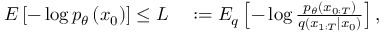
\begin{array} { r l } { E \left[ - \log p _ { \theta } \left( x _ { 0 } \right) \right] \leq L } & { { } : = E _ { q } \left[ - \log \frac { p _ { \theta } \left( x _ { 0 : T } \right) } { q \left( x _ { 1 : T } | x _ { 0 } \right) } \right] , } \end{array}